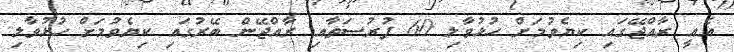
އެއީ ރާއްޖޭގައި ކިޔެވުމަށް ހުޅުވާލި 60 ފުރުސަތާއި ރާއްޖޭން ބޭރުގައި ކިޔެވުމަށް ހުޅުވާލި